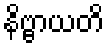
နိဗ္ဗာယတိ